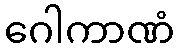
ဂေါကာဏံ